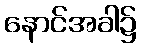
နောင်အခါ၌